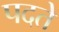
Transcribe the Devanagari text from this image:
पदते